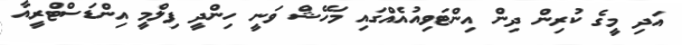
އަދި މީގެ ކުރިން ދިން އިންޓަވިއުއެއްގައި މަހޭޝް ވަނީ ހިންދީ ފިލްމީ އިންޑަސްޓްރީއާ